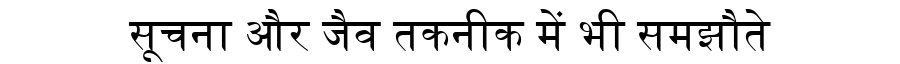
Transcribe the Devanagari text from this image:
सूचना और जैव तकनीक में भी समझौते